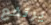
يرتفع